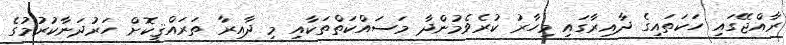
ރާއްޖޭގައި ހަކަތައިގެ ދާއިރާގައި މިހާރު ކުރެވެމުންދާ މަސައްކަތްތަކާއި މި ދާއިރާ ތަރައްޤީކޮށް ހަރުދަނާކުރުމުގެ